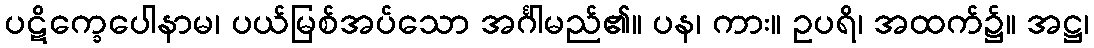
ပဋိက္ခေပေါနာမ၊ ပယ်မြစ်အပ်သော အင်္ဂါမည်၏။ ပန၊ ကား။ ဥပရိ၊ အထက်၌။ အဋ္ဌ၊